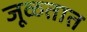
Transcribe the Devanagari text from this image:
जूळतात